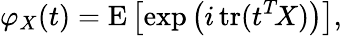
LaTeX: \varphi_{X}(t)=\operatorname{E}\left[\exp\left(i\operatorname{tr}(t^{T}\! X)\right)\right],